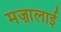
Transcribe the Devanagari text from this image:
मज़ालाई